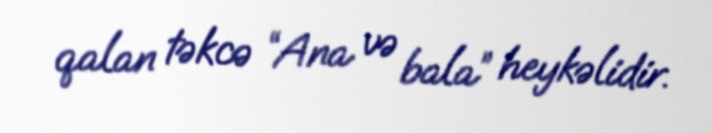
qalan təkcə “Ana və bala” heykəlidir.